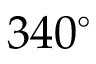
3 4 0 ^ { \circ }